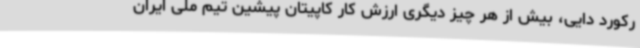
رکورد دایی، بیش از هر چیز دیگری ارزش کار کاپیتان پیشین تیم‌ ملی ایران